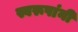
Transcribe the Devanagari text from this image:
स्वरूपांनी